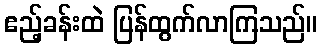
ဧည့်ခန်းထဲ ပြန်ထွက်လာကြသည်။